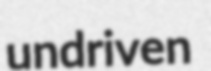
undriven